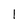
Character: 1